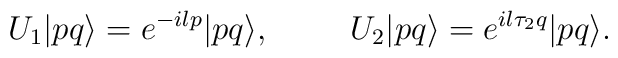
U_1 | p q \rangle = e^{-i l p} | p q\rangle, \hspace{1cm} U_2 | p q\rangle = e^{i l \tau_2 q} | p q \rangle.